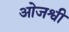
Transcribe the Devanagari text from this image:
ओजश्वी